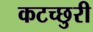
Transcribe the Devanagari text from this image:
कटच्छुरी